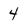
Character: 4